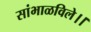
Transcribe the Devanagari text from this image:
सांभाळविले।।